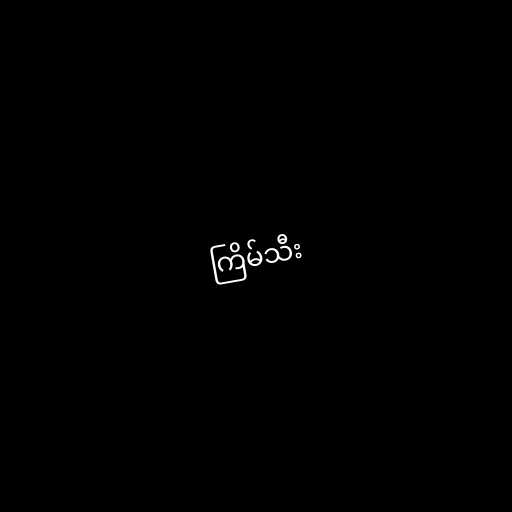
ကြိမ်သီး